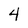
Character: 4